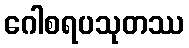
ဂေါစရပသုတဿ